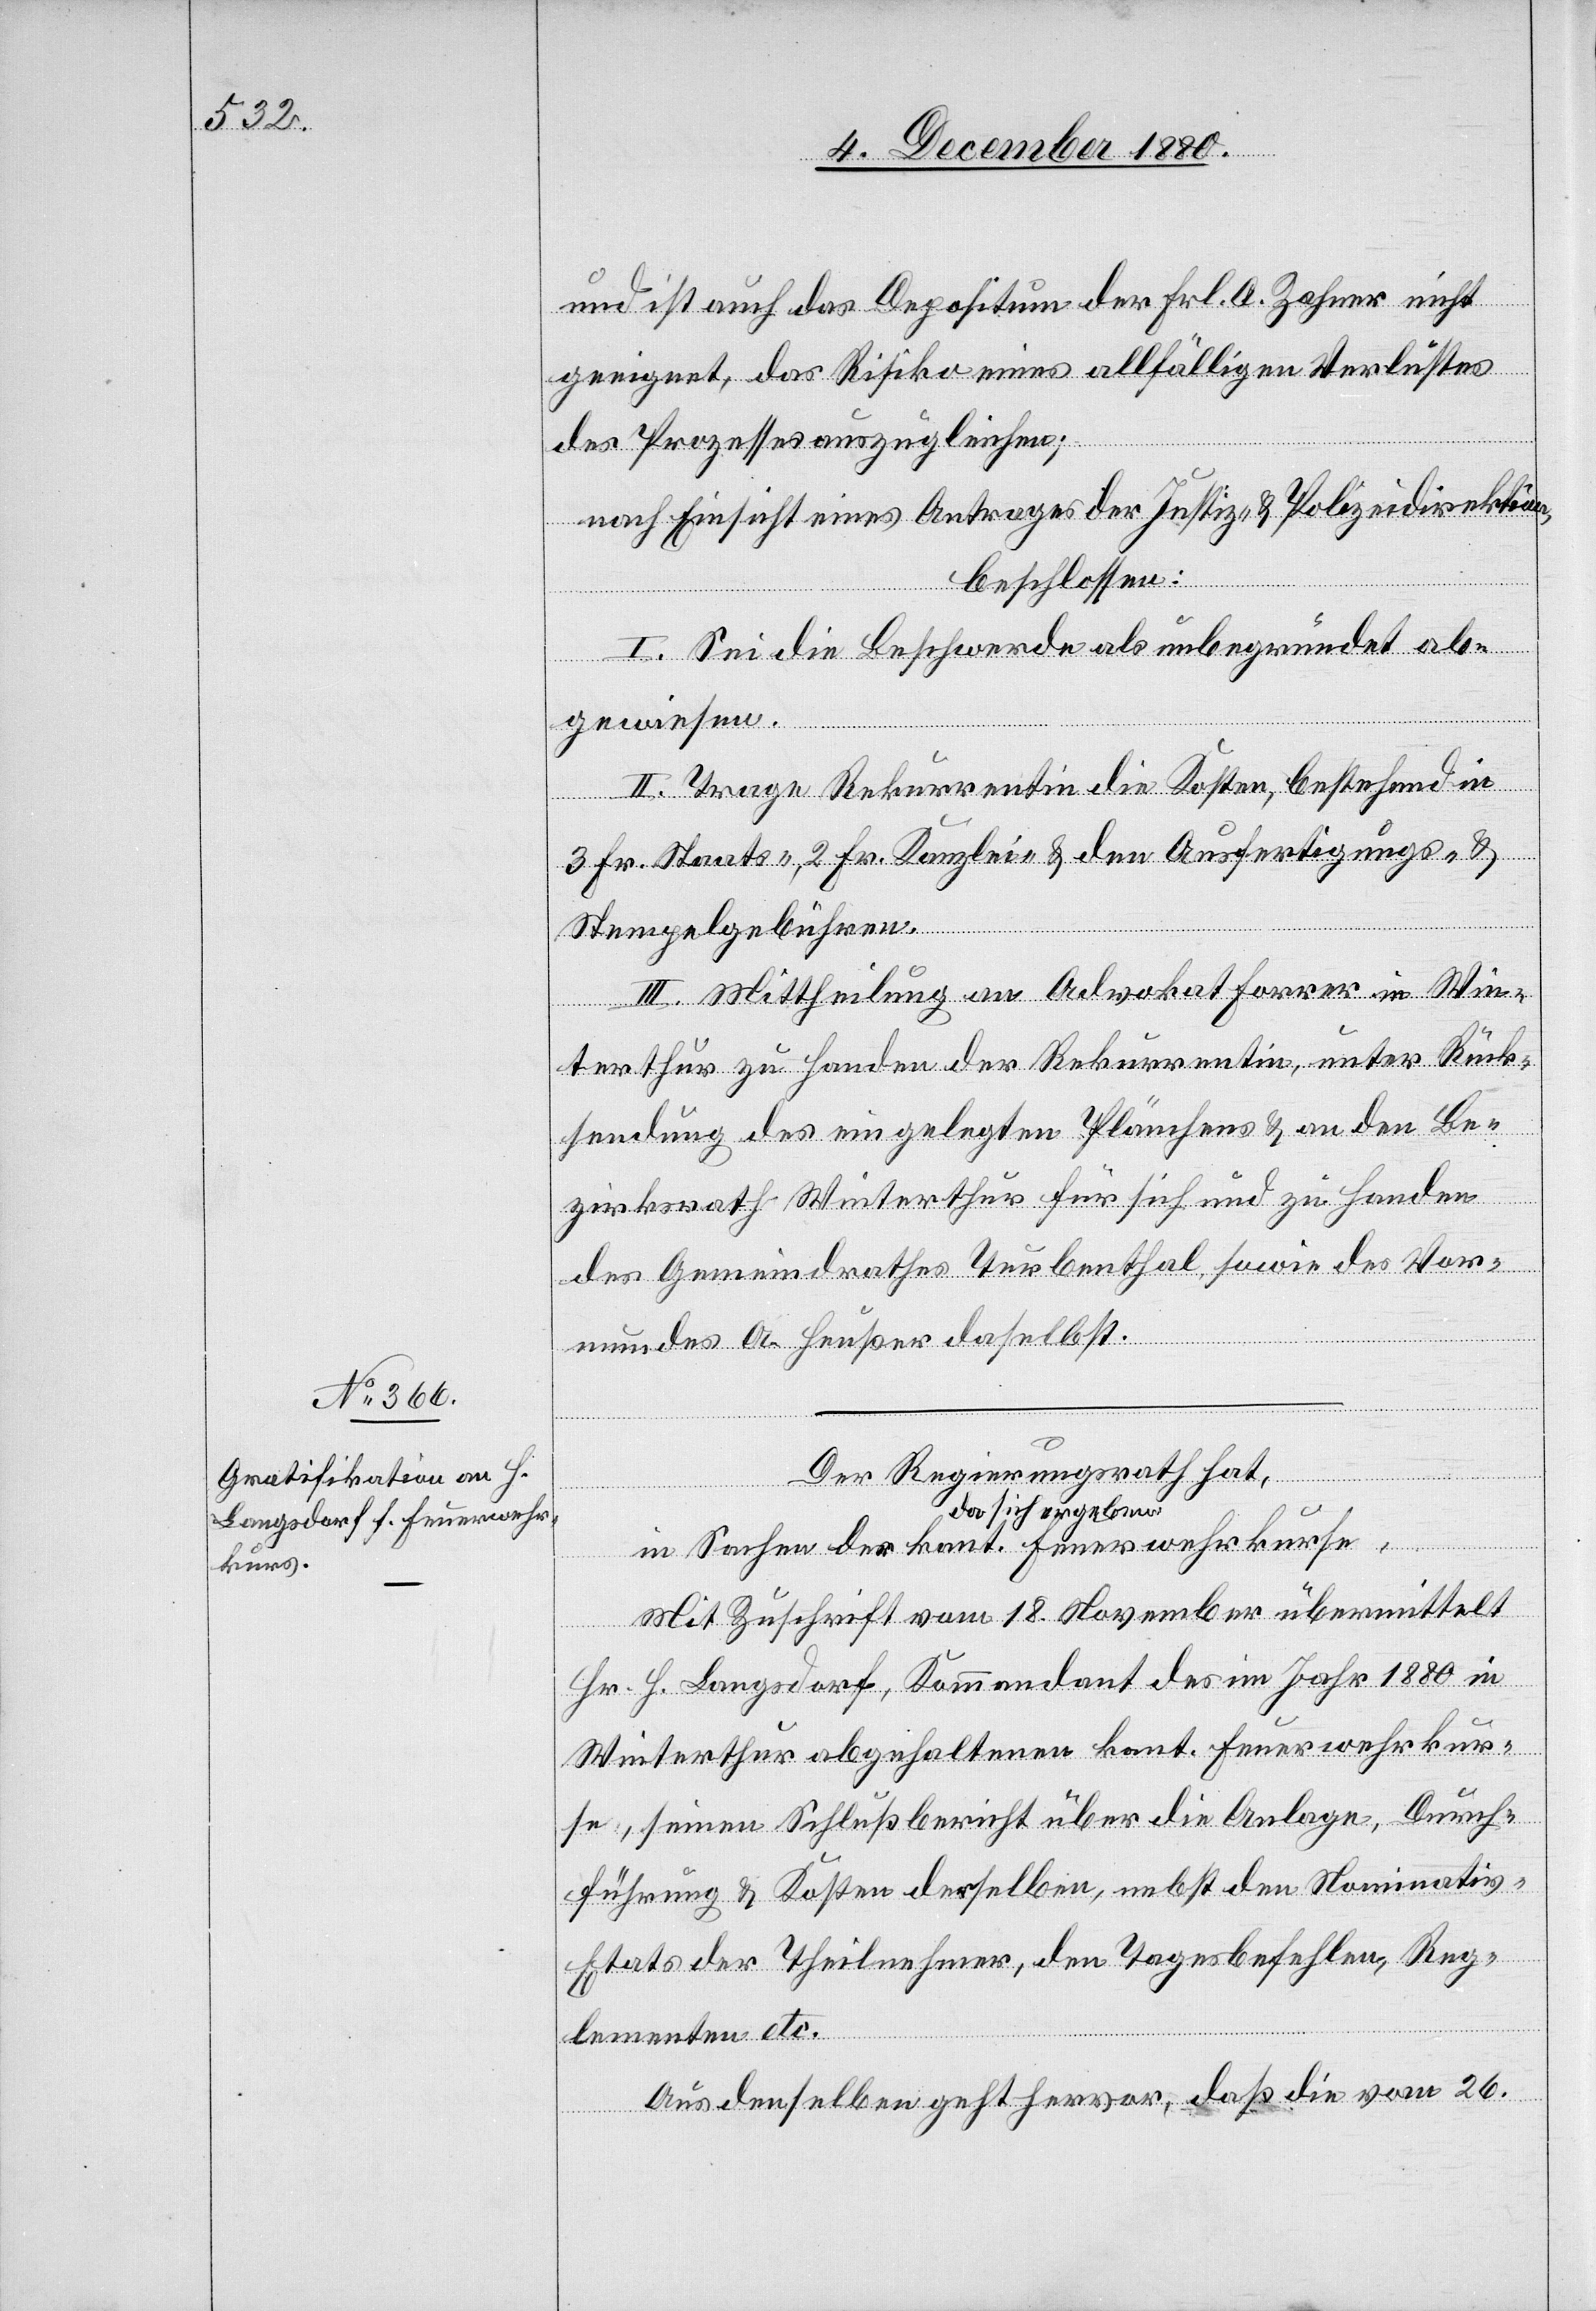
und ist auch das Depositum der Frl. A. Zahner nicht
geeignet, das Risiko eines allfälligen Verlustes
des Prozesses auszugleichen;
nach Einsicht eines Antrages der Justiz- & Polizeidirektion,
beschlossen:
I. Sei die Beschwerde als unbegründet ab¬
gewiesen.
II. Trage Rekurrentin die Kosten, bestehend in
3 Fr. Staats-, 2 Fr. Kanzlei- & den Ausfertigungs- &
Stempelgebühren.
III. Mittheilung an Advokat Forrer in Win¬
terthur zu Handen der Rekurrentin, unter Rück¬
sendung des eingelegten Plänchens & an den Be¬
zirksrath Winterthur für sich und zu Handen
des Gemeindrahtes Turbenthal, sowie des Vor¬
mundes A. Heußer daselbst.
Der Regierungsrath hat,
da sich ergeben
in Sachen der kant. Feuerwehrkurse,
Mit Zuschrift vom 18. November übermittelt
Hr. H. Langsdorf, Kommandant des im Jahr 1880 in
Winterthur abgehaltenen kant. Feuerwehrkur¬
se, seinen Schlußbericht über die Anlage, Durch¬
führung & Kosten derselben, nebst den Nominativ-E¬
tats der Theilnehmer, den Tagesbefehlen, Reg¬
lementen etc.
Aus denselben geht hervor, daß die vom 26.